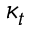
\kappa _ { t }